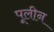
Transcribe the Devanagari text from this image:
पूलीन